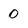
Character: 0